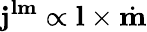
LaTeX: \mathbf{j}^{\mathbf{lm}}\propto\mathbf{l}\times\dot{\mathbf{m}}